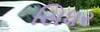
સિધર